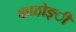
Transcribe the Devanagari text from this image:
काठोङ्ी